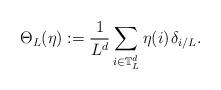
LaTeX: \begin{align*} \Theta_L(\eta) := \frac 1{L^d}\sum_{i\in\mathbb T_L^d} \eta(i) \;\! \delta_{i/L}.\end{align*}